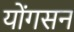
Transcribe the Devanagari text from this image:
योंगसन